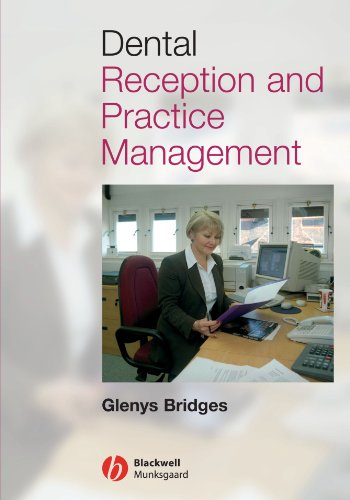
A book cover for Dental Reception and Practice Management; Glenys Bridges; Medical Books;